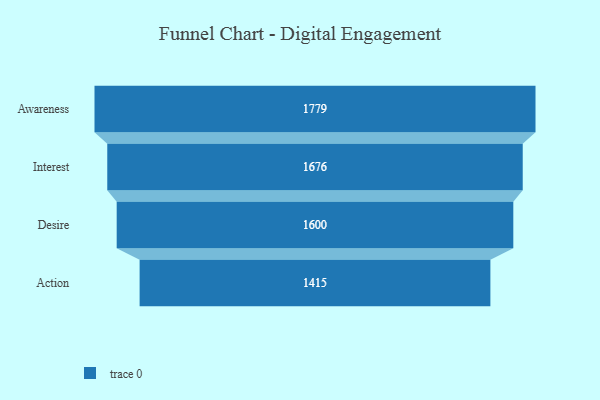
{"axis": {"x": "Stage", "y": "Value"}, "legend": [""], "data": [{"x": "Awareness", "y": 1779.0, "type": ""}, {"x": "Interest", "y": 1676.0, "type": ""}, {"x": "Desire", "y": 1600.0, "type": ""}, {"x": "Action", "y": 1415.0, "type": ""}]}